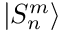
| S _ { n } ^ { m } \rangle